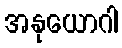
အနုယောဂါ